Elephants and their diseases
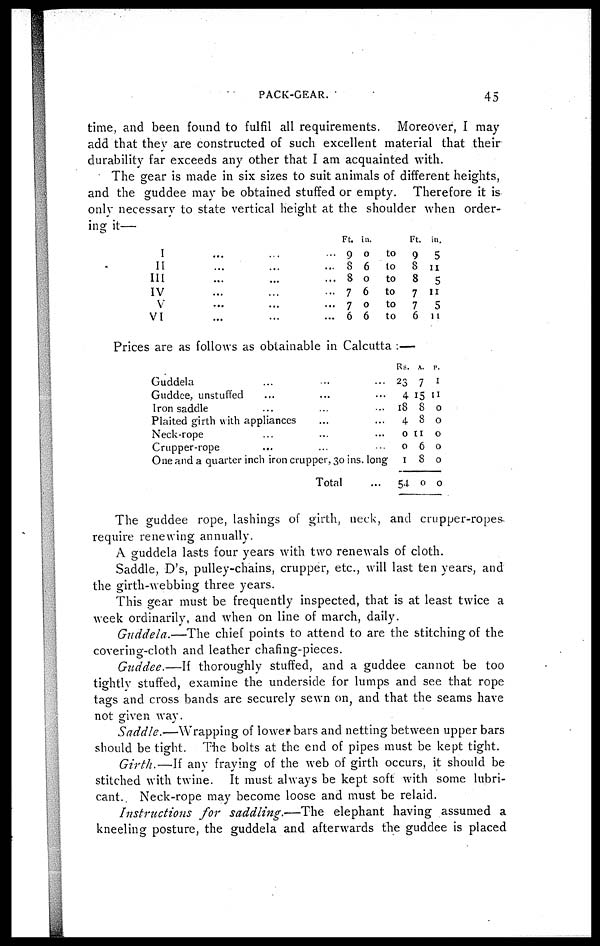
PACK-GEAR.
45
time, and been found to fulfil all requirements. Moreover, I may
add that they are constructed of such excellent material that their
durability far exceeds any other that I am acquainted with.
The gear is made in six sizes to suit animals of different heights,
and the guddee may be obtained stuffed or empty. Therefore it is
only necessary to state vertical height at the shoulder when order-
ing it—
I
II
III
IV
V
VI
...
...
...
...
...
...
...
...
...
...
...
...
...
...
...
...
...
...
Ft.
9
8
8
7
7
6
in.
0
6
0
6
0
6
to
to
to
to
to
to
Ft.
9
8
8
7
7
6
in.
5
11
5
11
5
11
Prices are as follows as obtainable in Calcutta :—
Guddela ..........
Guddee, unstuffed
.........
Iron saddle ... ......
Plaited girth with appliances......
Neck-rope ........
Crupper-rope .........
One and a quarter inch iron cru, 30 ins, long
Total ...
Rs.
23
4
18
4
0
0
1
54
A.
7
15
8
8
11
6
8
0
p.
1
11
0
0
0
0
0
0
The guddee rope, lashings of girth, neck, and crupper-ropes-
require renewing annually.
A guddela lasts four years with two renewals of cloth.
Saddle, D's, pulley-chains, crupper, etc., will last ten years, and
the girth-webbing three years.
This gear must be frequently inspected, that is at least twice a
week ordinarily, and when on line of march, daily.
Guddela.—The chief points to attend to are the stitching of the
covering-cloth and leather chafing-pieces.
Guddee.—If thoroughly stuffed, and a guddee cannot be too
tightly stuffed, examine the underside for lumps and see that rope
tags and cross bands are securely sewn on, and that the seams have
not given way.
Saddle.—Wrapping
of lower bars and netting between upper bars
should be tight. The bolts at the end of pipes must be kept tight.
Girth.—If any fraying of the web of girth occurs, it should be
stitched with twine. It must always be kept soft with some lubri-
cant.. Neck-rope may become loose and must be relaid.
Instructions for saddling.—The
elephant having assumed a
kneeling posture, the guddela and afterwards the guddee is placed